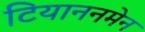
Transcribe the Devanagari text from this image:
टियाननमेन